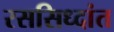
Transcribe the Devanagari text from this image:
रससिध्दांत